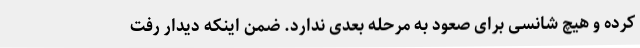
کرده و هیچ شانسی برای صعود به مرحله بعدی ندارد. ضمن اینکه دیدار رفت